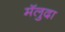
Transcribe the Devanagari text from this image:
मॅलुदा